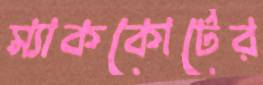
ম্যাককোর্টের